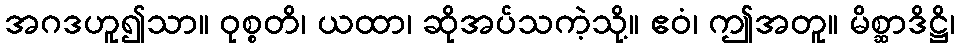
အဂဒဟူ၍သာ။ ဝုစ္စတိ၊ ယထာ၊ ဆိုအပ်သကဲ့သို့။ ဧဝံ၊ ဤအတူ။ မိစ္ဆာဒိဋ္ဌိ၊